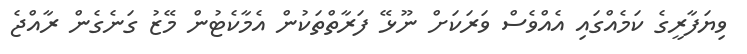
ވިޔަފާރީގެ ކަމެއްގައި އެއްވެސް ވަރަކަށް ނޫޅޭ ފަރާތްތަކުން އެމާކެޓުން މޭޒު ގަނެގެން ރާއްޖެ